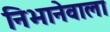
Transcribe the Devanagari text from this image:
निभानेवाला